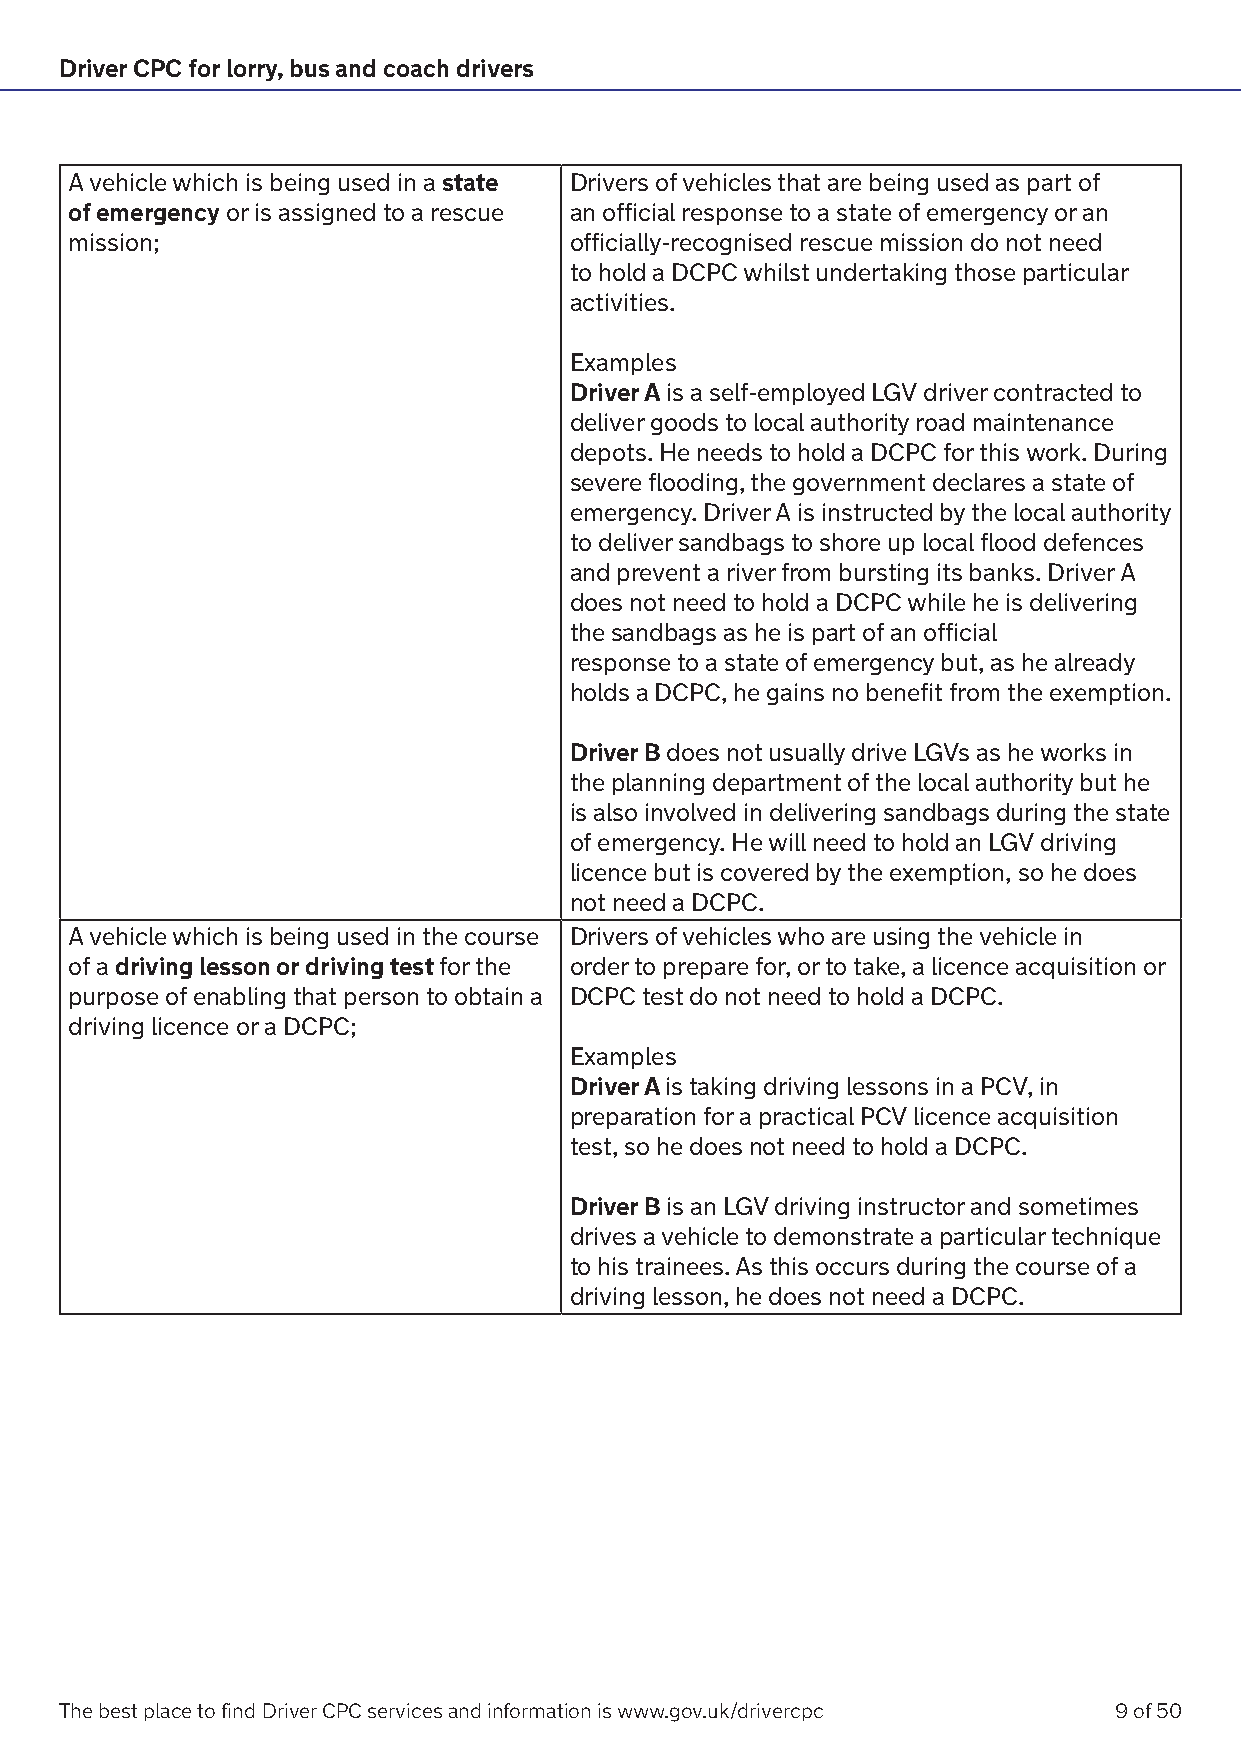
Driver CPC for lorry, bus and coach drivers
 A vehicle which is being used in a state Drivers of vehicles that are being used as part of
 of emergency or is assigned to a rescue an official response to a state of emergency or an
 mission;                         officially-recognised rescue mission do not need
 to hold a DCPC whilst undertaking those particular
 activities.
 Examples
 Driver A is a self-employed LGV driver contracted to
 deliver goods to local authority road maintenance
 depots. He needs to hold a DCPC for this work. During
 severe flooding, the government declares a state of
 emergency. Driver A is instructed by the local authority
 to deliver sandbags to shore up local flood defences
 and prevent a river from bursting its banks. Driver A
 does not need to hold a DCPC while he is delivering
 the sandbags as he is part of an official
 response to a state of emergency but, as he already
 holds a DCPC, he gains no benefit from the exemption.
 Driver B does not usually drive LGVs as he works in
 the planning department of the local authority but he
 is also involved in delivering sandbags during the state
 of emergency. He will need to hold an LGV driving
 licence but is covered by the exemption, so he does
 not need a DCPC.
 A vehicle which is being used in the course Drivers of vehicles who are using the vehicle in
 of a driving lesson or driving test for the order to prepare for, or to take, a licence acquisition or
 purpose of enabling that person to obtain a DCPC test do not need to hold a DCPC.
 driving licence or a DCPC;
 Examples
 Driver A is taking driving lessons in a PCV, in
 preparation for a practical PCV licence acquisition
 test, so he does not need to hold a DCPC.
 Driver B is an LGV driving instructor and sometimes
 drives a vehicle to demonstrate a particular technique
 to his trainees. As this occurs during the course of a
 driving lesson, he does not need a DCPC.
 The best place to find Driver CPC services and information is www.gov.uk/drivercpc 9 of 50